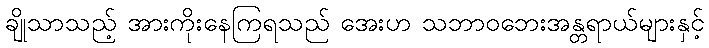
ချိုသာသည့် အားကိုးနေကြရသည် အေးဟ သဘာဝဘေးအန္တရာယ်များနှင့်